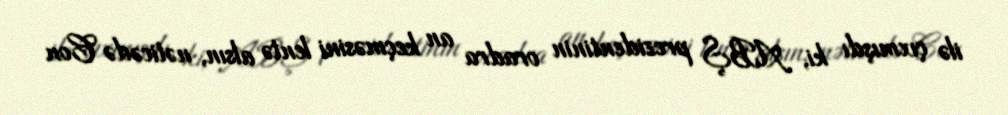
ilə çıxmışdı ki, ABŞ prezidentinin oradra an keçməsini lentə alsın, nəticədə Con